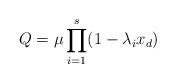
LaTeX: \begin{align*} Q = \mu \prod_{i=1}^s (1 - \lambda_i x_d) \end{align*}